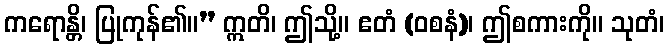
ကရောန္တိ၊ ပြုကုန်၏။” ဣတိ၊ ဤသို့။ ဧတံ (ဝစနံ)၊ ဤစကားကို။ သုတံ၊